Junior Leaving Certificate, 1939
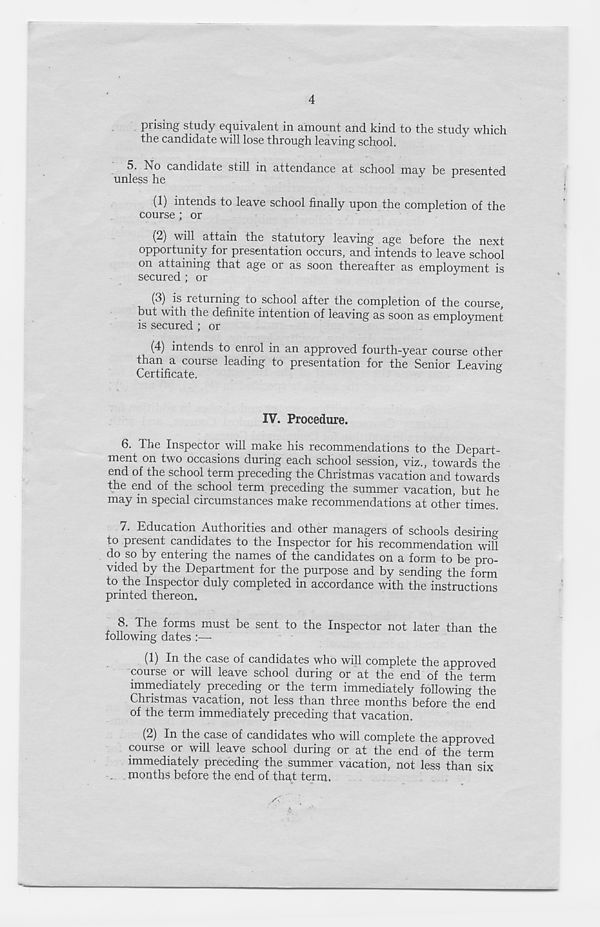
4
prising study equivalent in amount and kind to the study which
the candidate will lose through leaving school.
5.
No candidate still in attendanc
unless he
(1) intends to leave school finally upon the completion of the
course ; or
(2) will attain the statutory leaving age before the next
opportunity for presentation occurs, and intends to leave school
on attaining that age or as soon thereafter as employment is
secured ; or
(3) is returning to school after the completion of the course,
but with the definite intention of leaving as soon as employment
is secured ; or
(4) intends to enrol in an approved fourth-year course other
than a course leading to presentation for the Senior Leaving
Certificate.
b
IV. Procedure.
6. The Inspector will make his recommendations to the Depart-
ment on two occasions during each school session, viz., towards the
end of the school term preceding the Christmas vacation and towards
the end of the school term preceding the summer vacation, but he
may in special circumstances make recommendations at other times.
7. Education Authorities and other managers of schools desiring
to present candidates to the Inspector for his recommendation will
do so by entering the names of the candidates on a form to be pro-
vided by the Department for the purpose and by sending the form
to the Inspector duly completed in accordance with the instructions
printed thereon.
8. The forms must be sent to the Inspector not later than the
following dates :—
(1) lu the case of candidates who will complete the approved
course or will leave school during or at the end of the term
immediately preceding or the term immediately following the
Christmas vacation, not less than three months before the end
of the term immediately preceding that vacation.
(2) In the case of candidates who will complete the approved
course or will leave school during or at the end of the term
immediately preceding the summer vacation, not less than six
. months before the end of that term.